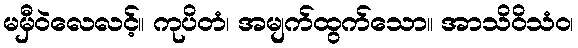
မမှီဝဲလေလင့်။ ကုပိတံ၊ အမျက်ထွက်သော။ အာသိဝိသံဝ၊